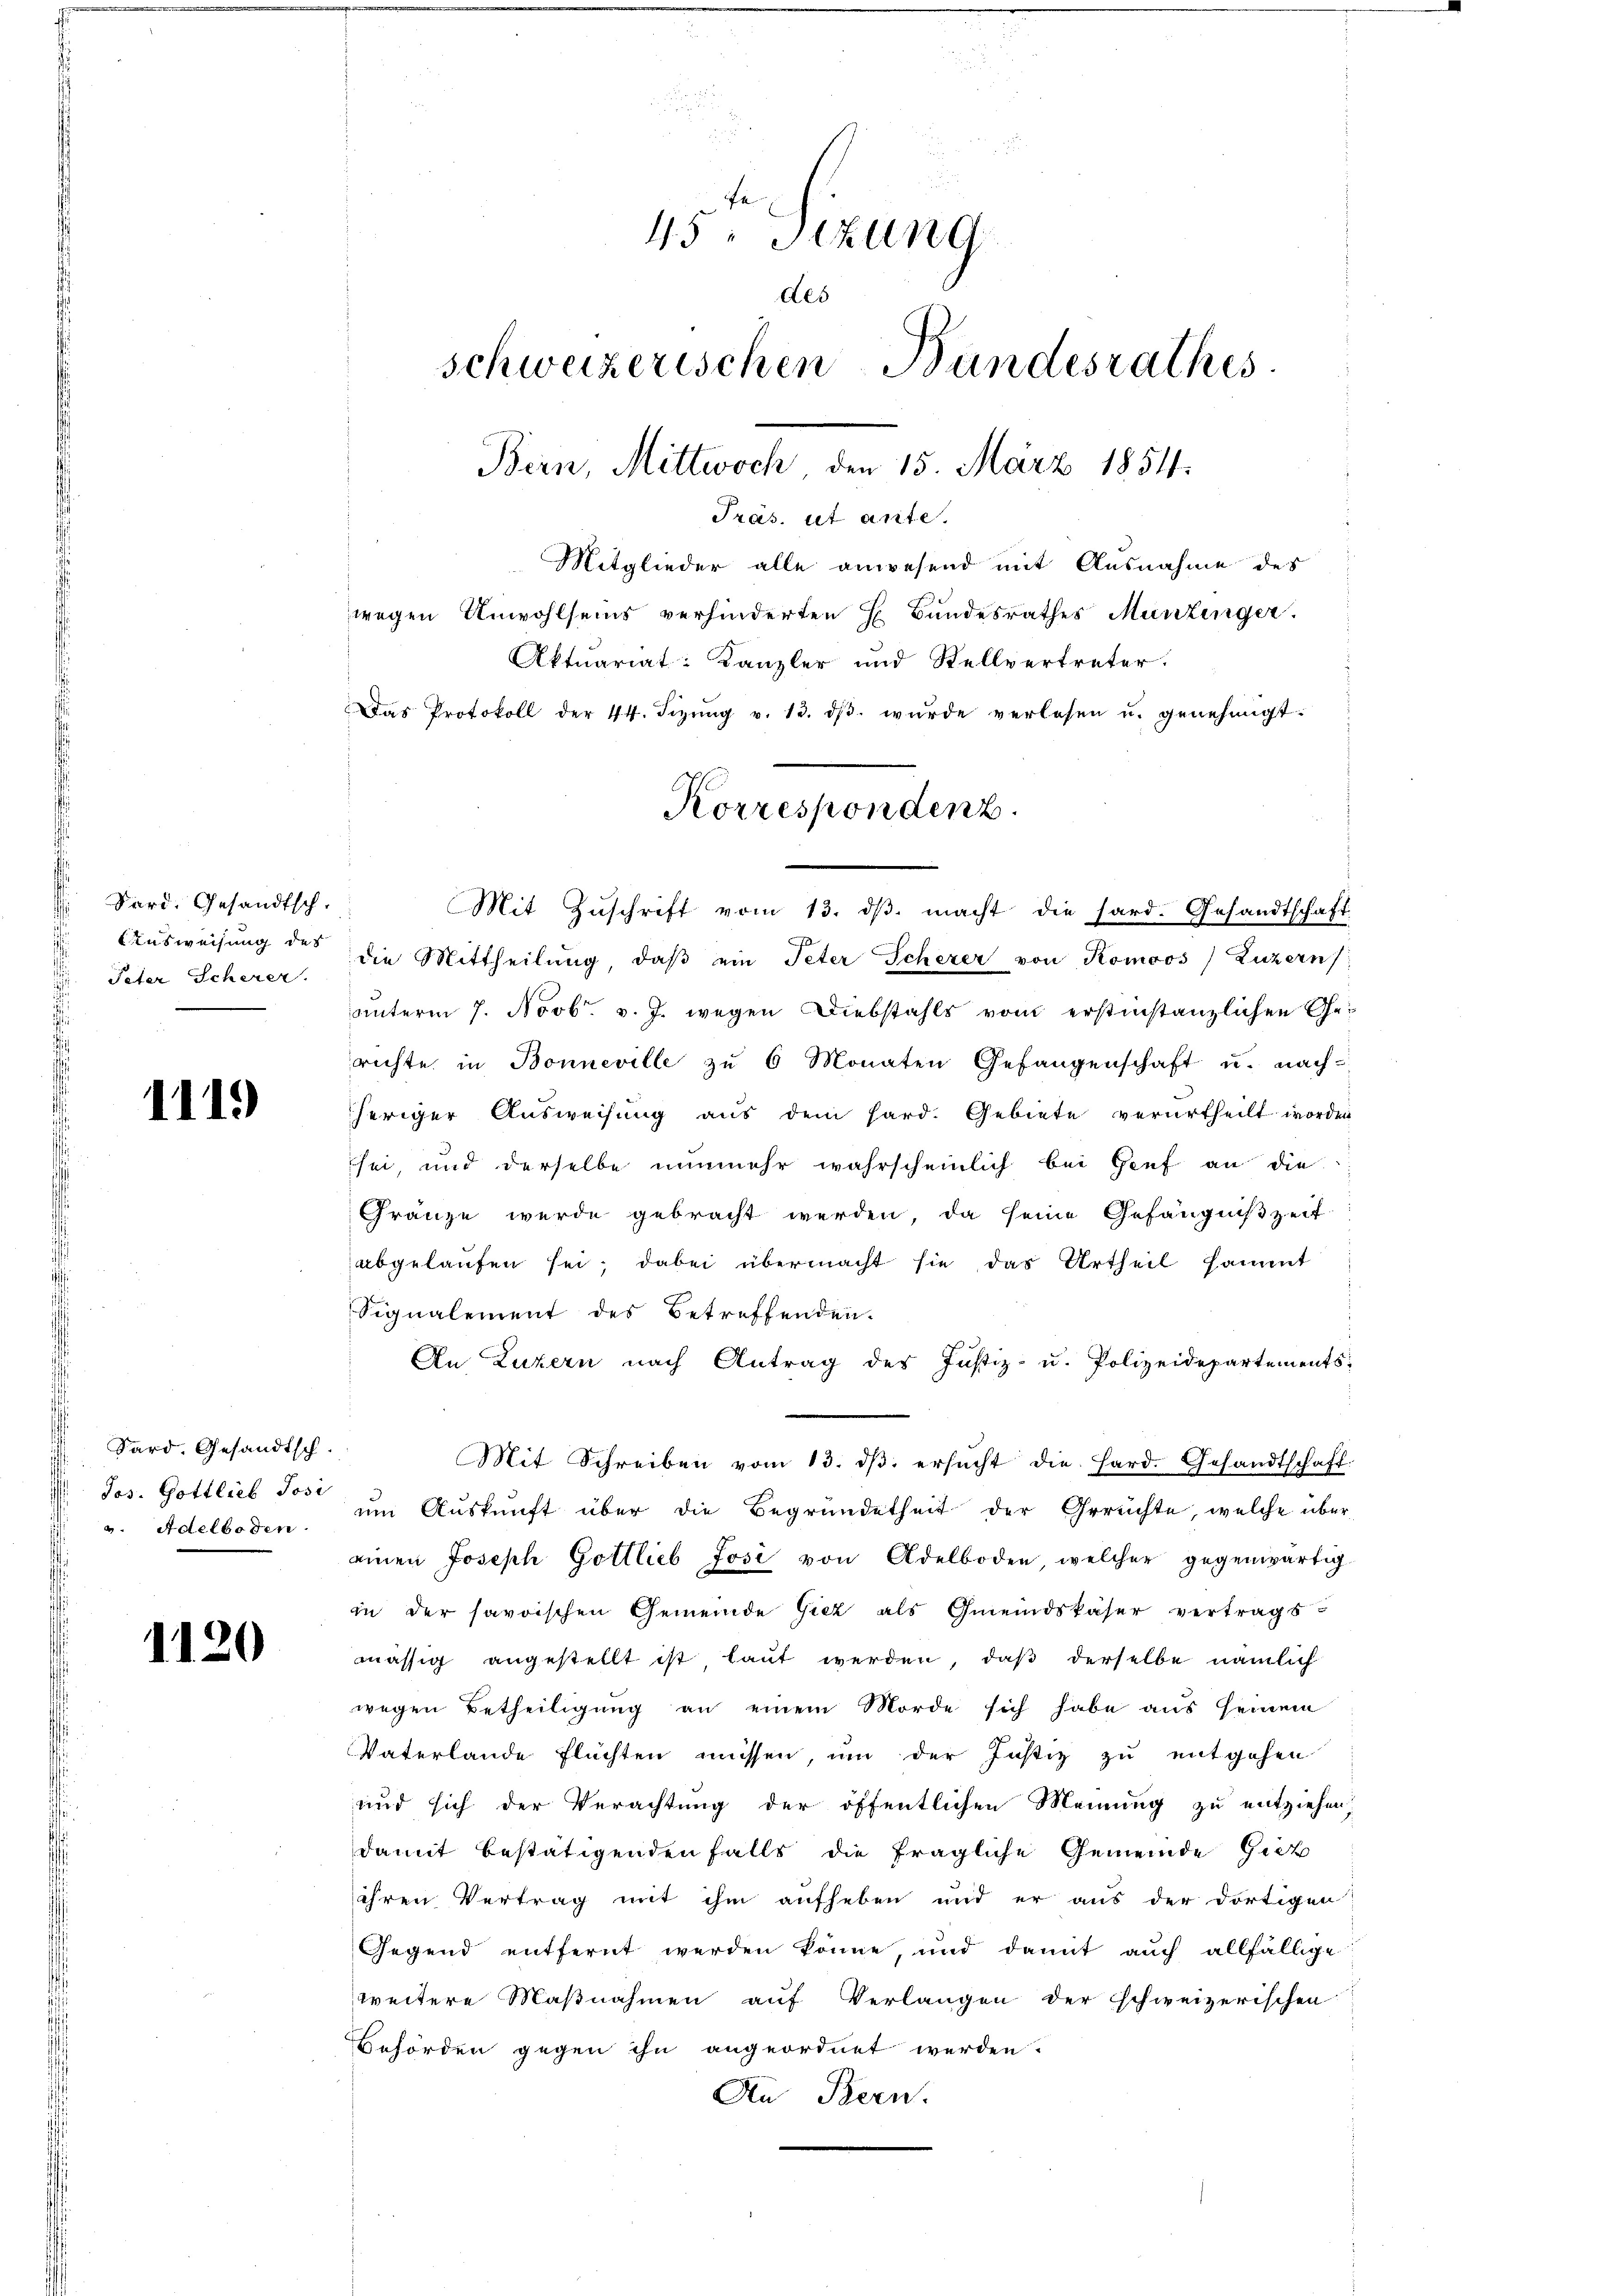
Vard. Gesandtsch.
Ausweisung des
Peter Scherer

1119

Sard. Gesandtsch.
 Jos. Gottlieb Josi
v. Adelboden

1120

fr
45. Sizung
des
schweizerischen Bundesrathes
Bern, Mittwoch den 15. März 1854.
Tras. et ante.
Mitglieder alle anwesend mit Ausnahme des
wegen Unwohlseins verhinderten E. Bundesrathes Munzinger.
Aktuariat: Kanzler und Stellvertreter.
Das Protokoll der 44. Sizŭng v. 13. dβ wŭrde verlesen u. genehmigt.

die Mittheilŭng, daβ ein Peter Scherer von Komoos, Luzern;
unterm 7. Novbr. v. J. wegen Diebstahls vom erstinstanzlichen Gerichte in Bonneville zu 6 Monaten Gefangenschaft u. nach
heriger Ausweisung aus dem hard. Gebiete verurtheilt worden
sei und derselbe nunmehr wahrscheinlich bei Genf an die
Gränze wurde gebracht werden, da seine Gefängniß zeit
abgelaufen sei; dabei übermacht sie das Urtheil sammt
Signalement des Betreffenden.
An Luzern nach Antrag der Justiz- u. Polizeidepartements;
Mit Schreiben vom 13. dβ. ersŭcht die Hard. Gesandtschaft.
um Auskunft über die Begründetheit der Gerüchte, welche über
einen Joseph Gottlieb Josi von Adelboden, welcher gegenwärtig.
in der savoischen Gemeinde Giez als Gmeindskäser vertrags-
mässig angestellt ist laut werden, daß derselbe nämlich
wegen Betheiligung an einem Morde sich habe aus seinem
Vaterlande flüchten müssen, um der Justiz zu entgehen
und sich der Verachtung der öffentlichen Meinung zu entziehen.
damit bestätigenden falls die fragliche Gemeinde Gut
ihren Vertrag mit ihm aufheben und er aus der dortigen
Gegend entfernt werden könne, und damit auch allfällige
weitere Maßnahmen auf Verlangen der schweizerischen
Behörden gegen ihn angeordnet werden.
An Bern.

Korrespondenz.
Mit Zŭschrift vom 13. dβ macht die sard. Gesandtschaft